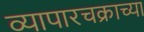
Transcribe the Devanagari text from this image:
व्यापारचक्राच्या